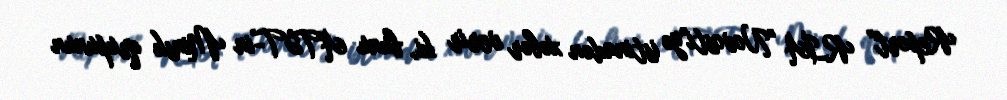
Report" RİA "Novosti"yə istinadən xəbər verir ki, bunu ATƏT-in Minsk qrupunun